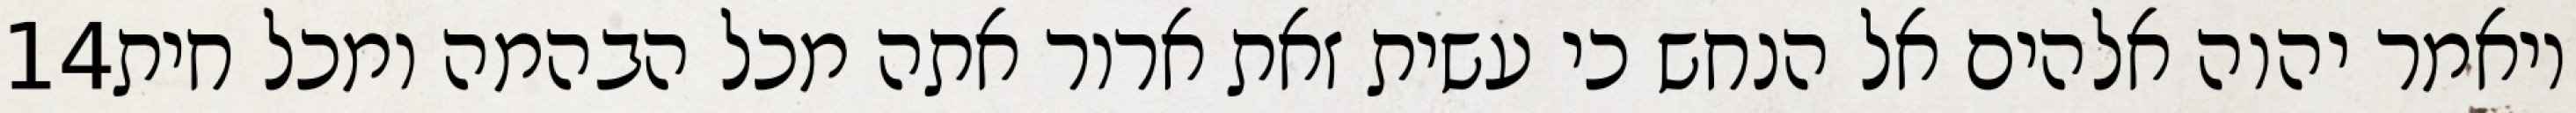
‎14‏ ויאמר יהוה אלהים אל הנחש כי עשית זאת ארור אתה מכל הבהמה ומכל חית